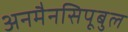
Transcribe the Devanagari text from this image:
अनमैनसिपूबुल